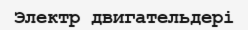
Электр двигательдері